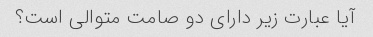
آیا عبارت زیر دارای دو صامت متوالی است؟